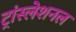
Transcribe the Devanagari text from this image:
ट्रांस्लेशनल